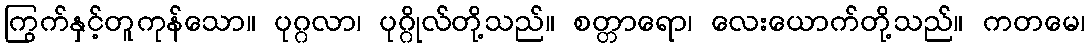
ကြွက်နှင့်တူကုန်သော။ ပုဂ္ဂလာ၊ ပုဂ္ဂိုလ်တို့သည်။ စတ္တာရော၊ လေးယောက်တို့သည်။ ကတမေ၊